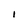
Character: I